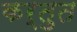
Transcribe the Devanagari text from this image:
कर्तुत